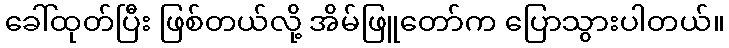
ခေါ်ထုတ်ပြီး ဖြစ်တယ်လို့ အိမ်ဖြူတော်က ပြောသွားပါတယ်။